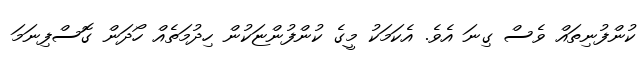
ކުންފުނިތައް ވެސް ގިނަ އެވެ. އެކަމަކު މީގެ ކުންފުންޏަކުން ހިދުމަތެއް ހޯދަން ގޮސްފިނަމަ